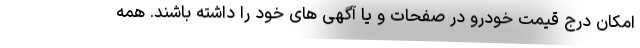
امکان درج قیمت خودرو در صفحات و یا آگهی های خود را داشته باشند. همه